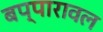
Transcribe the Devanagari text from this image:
बप्पारावल